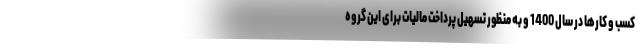
کسب و کارها در سال 1400 و به منظور تسهیل پرداخت مالیات برای این گروه